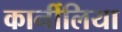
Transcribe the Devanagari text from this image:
कार्नीलिया